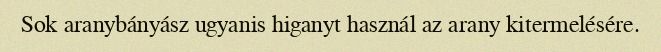
Sok aranybányász ugyanis higanyt használ az arany kitermelésére.